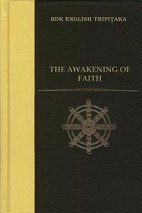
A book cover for The Awakening of Faith (Bdk English Tripitaka Translation Series); Numata Center for Buddhist Translation & Research; Religion & Spirituality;